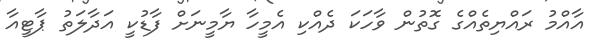
އާއްމު ރައްޔިތެއްގެ ގޮތުން ވާހަކަ ދެއްކި އެމީހާ ޔާމީނަށް ފާޑުކީ އަދާލަތު ޕާޓީއާ